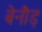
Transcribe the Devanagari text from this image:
बेनौड़